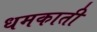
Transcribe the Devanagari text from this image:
धमकाती